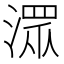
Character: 潀